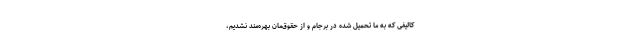
کالیفی که به ما تحمیل شده در برجام و از حقوق‌مان بهره‌مند نشدیم،